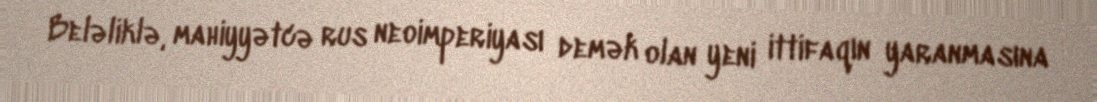
Beləliklə, mahiyyətcə rus neoimperiyası demək olan yeni ittifaqın yaranmasına